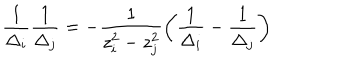
LaTeX: \frac { 1 } { \Delta _ { i } } \frac { 1 } { \Delta _ { j } } = - \frac { 1 } { z _ { i } ^ { 2 } - z _ { j } ^ { 2 } } \left( \frac { 1 } { \Delta _ { i } } - \frac { 1 } { \Delta _ { j } } \right)